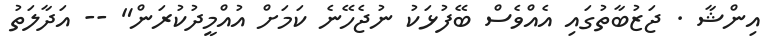
އިންޝާ . ޖަޒުބާތުގައި އެއްވެސް ބޭފުޅަކު ނުޖެހޭނެ ކަމަށް އުއްމީދުކުރަން" -- އަދާލަތު